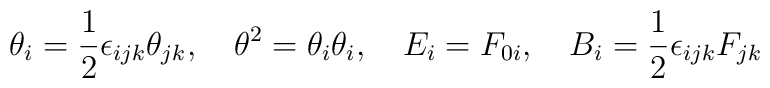
\theta_{i} = \frac{1}{2}\epsilon_{ijk}\theta_{jk},\quad \theta^{2} =\theta_{i}\theta_{i},\quad E_{i} = F_{0i},\quad B_{i} =\frac{1}{2}\epsilon_{ijk} F_{jk}